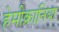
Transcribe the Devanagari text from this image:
हेमीक्रानिया